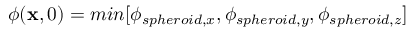
\phi ( \mathbf { x } , 0 ) = m i n [ \phi _ { s p h e r o i d , x } , \phi _ { s p h e r o i d , y } , \phi _ { s p h e r o i d , z } ]